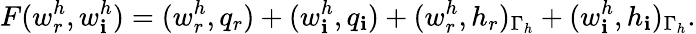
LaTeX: F(w_{r}^{h},w_{\mathbf{i}}^{h})=(w_{r}^{h},q_{r})+(w_{\mathbf{i}}^{h},q_{\mathbf{i}})+(w_{r}^{h},h_{r})_{\Gamma_{h}}+(w_{\mathbf{i}}^{h},h_{\mathbf{i}})_{\Gamma_{h}}.